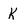
Character: K